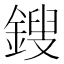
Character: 鎪